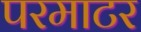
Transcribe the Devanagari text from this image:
परमाटर